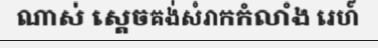
ណាស់ ស្តេចគង់សំរាកកំលាំង រេហ៍